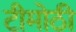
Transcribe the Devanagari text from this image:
टीमोठी